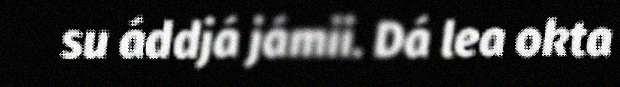
su áddjá jámii. Dá lea okta